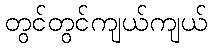
တွင်တွင်ကျယ်ကျယ်